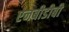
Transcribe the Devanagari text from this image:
एनबीडीबी